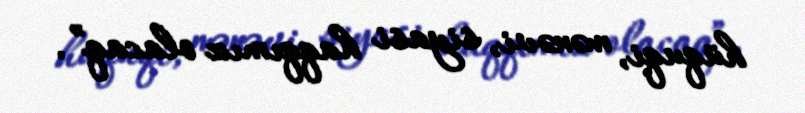
hüquqi, mənəvi, siyasi haqqımız olacaq”.